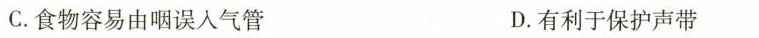
C.食物容易由咽误入气管 D.有利于保护声带